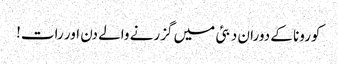
کورونا کے دوران دبئی میں گزرنے والے دن اور رات!